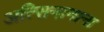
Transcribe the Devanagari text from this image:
अत्सिनानाना